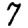
Digit: 7